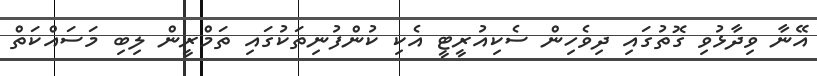
އޭނާ ވިދާޅުވި ގޮތުގައި ދިވެހިން ސެކިއުރީޓީ އެކި ކުންފުނިތަކުގައި ތަމްރީން ލިބި މަސައްކަތް